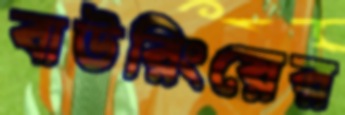
বাউরিংয়ের